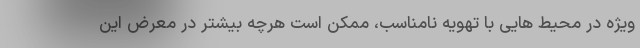
ویژه در محیط هایی با تهویه نامناسب، ممکن است هرچه بیشتر در معرض این